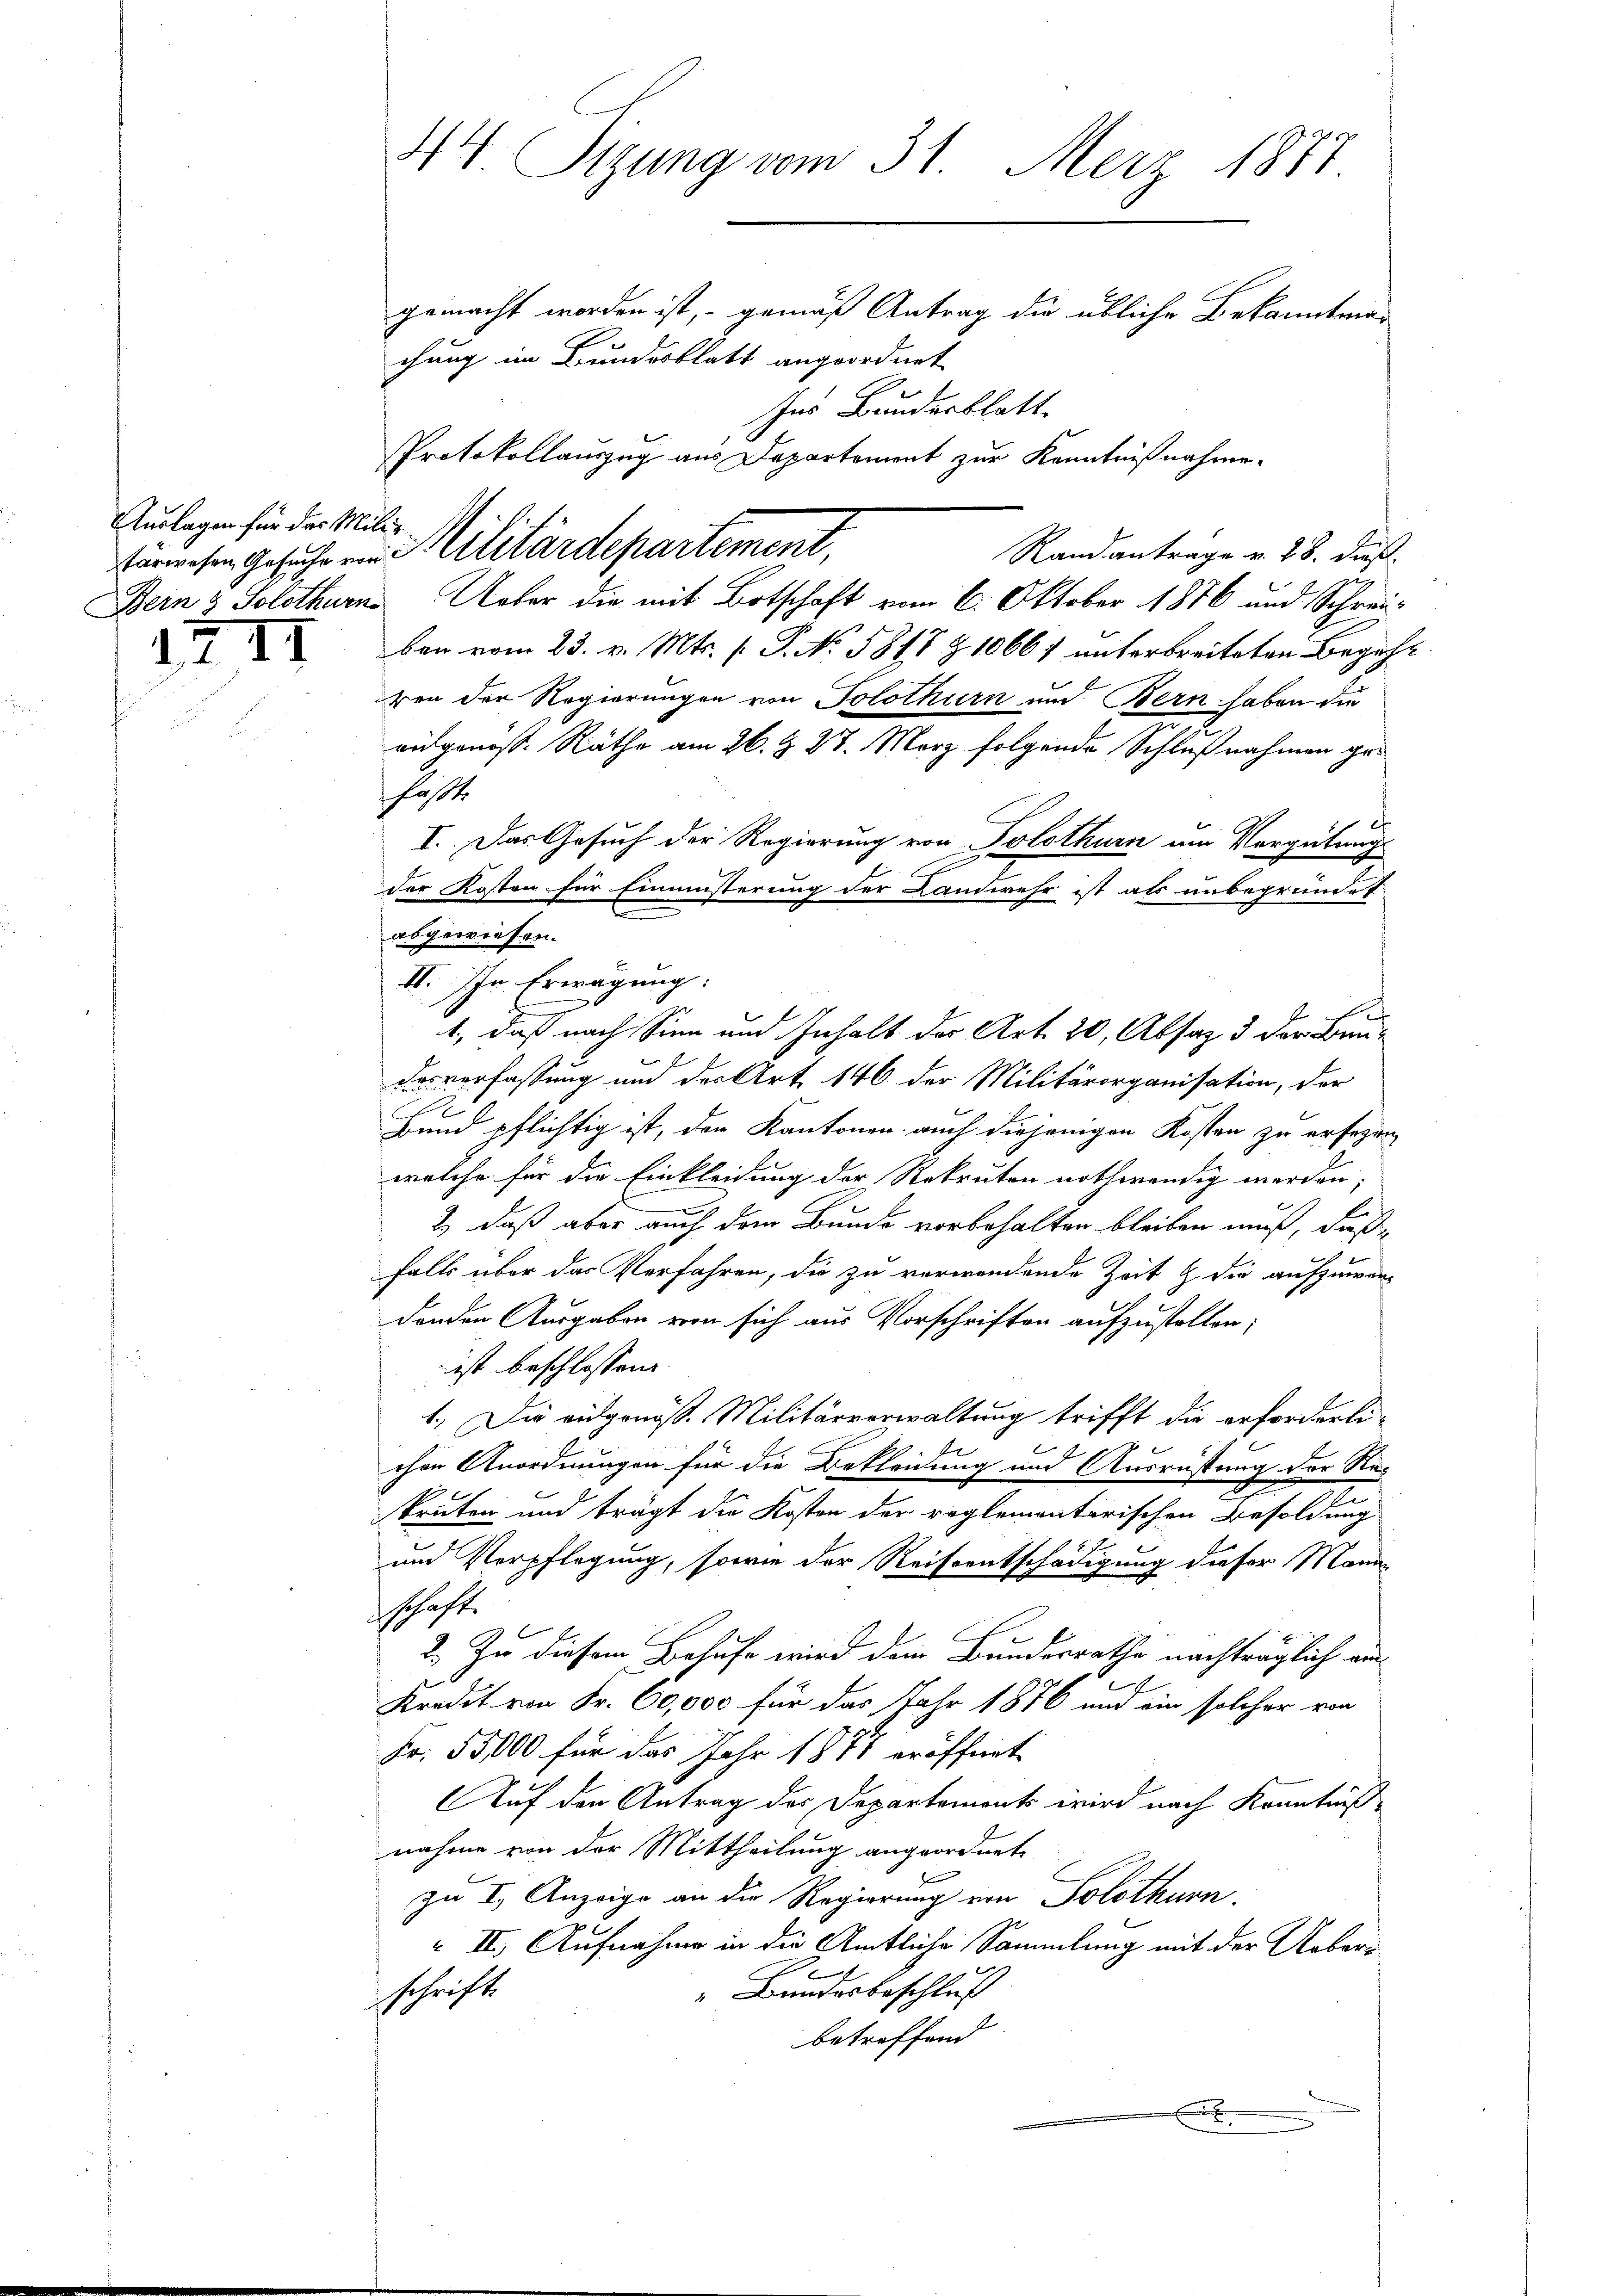
Auslagen für das Miliz-

2 II

44 Sigung vom 31. März 1877
gemacht worden ist, – gemäß Antrag die übliche Bekanntnis
chung im Bundesblatt angeordnet

Ins Bundesblatt.
Randantrage v. 28. dieß
Bern & Solothurn Ueber die mit Botschaft vom 6. Oktober 1876 und Schreiben vom 23. v. Mts. f. P. No. 5817 Z. 10667 unterbreiteten Begehr
ren der Regierungen von Solothurn und Bern haben die
ausgenöss. Räthe am 26. & 27. März folgende Schlußnahmen gefaßte
I. Das Gesuch der Regierung von Solothurn um Vergütung
der Kosten für Einmüsterung der Landwehr ist als unbegründet
abgewiesen.
II. Ihr Erwägung:
E
1., daß nach Sinn und Inhalt der Art. 20, Absaz 3 der Bendesverfassung und der Art. 146 der Militärorganisation, der
Bund pflichtig ist, der Kantonen auch diejenigen Kosten zu ersagen,
welche für die Einkleidung der Rekruten nothwendig werden; |
b.
2) daß aber auch dem Bunde vorbehalten bleiben muß, daß
falls über das Verfahren, die zu verwandende Zeit & die aufzuwardenden Ausgaben von sich aus Vorschriften aufzustellen;
ist beschlossene
1.) Die eidgenöß. Militärverwaltung trifft die erforderli-

chen Anordnungen für die Bekleidung und Ausrüstung der Re-
n
s
kruten und trägt die Kosten der reglementirischen Besoldung
E
und Verpflegung, sowie der Reiseentschädigung dieser Mona-
schaft.
7
2.) Zu diesem Behufe wird dem Bundesrathe nachträglich an
Kredit von Fr. 60,000 für das Jahr 1876 und ein solcher von
Fr. 55,000 für das Jahr 1871 eröffnet
Auf den Antrag der Departements wird nach Kenntniß
nahme von der Mittheilung angeordnete
zu I. Anzeige an die Regierung von Solothurn.
 II. Aufnahme in die Amtliche Sammlung mit der Ueber¬
" Bundesbeschluß
schrift
betreffend
x

Protokollauszug aus Departement zur Kenntnißnahme.
fürwesen Gesuche von Militärdepartement,